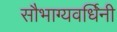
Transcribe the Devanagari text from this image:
सौभाग्यवर्धिनी